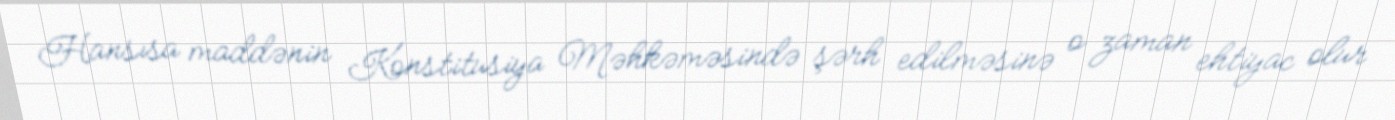
Hansısa maddənin Konstitusiya Məhkəməsində şərh edilməsinə o zaman ehtiyac olur